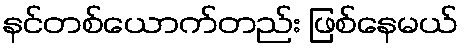
နင်တစ်ယောက်တည်း ဖြစ်နေမယ်